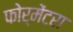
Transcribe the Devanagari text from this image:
फोर्मेंटरा